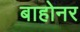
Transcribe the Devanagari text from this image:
बाहोनर